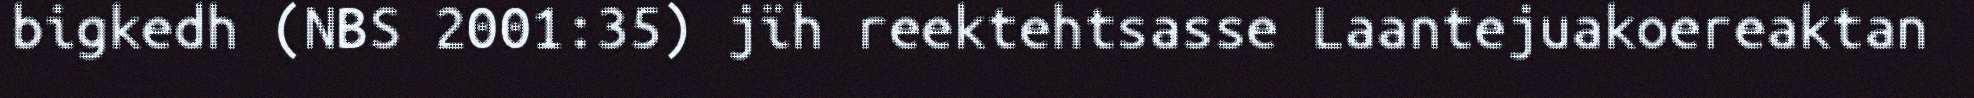
bigkedh (NBS 2001:35) jïh reektehtsasse Laantejuakoereaktan